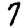
Digit: 7